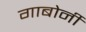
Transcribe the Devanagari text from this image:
गाबोर्नी